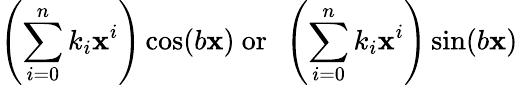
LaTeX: \left(\sum_{i=0}^{n}k_{i}\mathbf{x}^{i}\right)\cos(b\mathbf{x}){\mathrm{{~or~}}}\ \left(\sum_{i=0}^{n}k_{i}\mathbf{x}^{i}\right)\sin(b\mathbf{x})